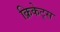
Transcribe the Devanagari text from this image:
क्रिकेट्स